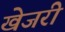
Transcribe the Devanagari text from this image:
खेजरी